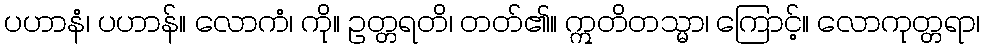
ပဟာနံ၊ ပဟာန်။ လောကံ၊ ကို။ ဥတ္တရတိ၊ တတ်၏။ ဣတိတသ္မာ၊ ကြောင့်။ လောကုတ္တရာ၊